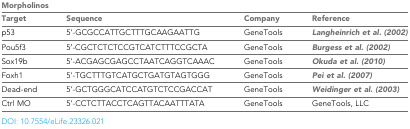
<table><thead><tr><td colspan="4"><b>Morpholinos</b></td></tr><tr><td><b>Target</b></td><td><b>Sequence</b></td><td><b>Company</b></td><td><b>Reference</b></td></tr></thead><tbody><tr><td>p53</td><td>5’-GCGCCATTGCTTTGCAAGAATTG</td><td>GeneTools</td><td>Langheinrich et al. (2002)</td></tr><tr><td>Pou5f3</td><td>5′-CGCTCTCTCCGTCATCTTTCCGCTA</td><td>GeneTools</td><td>Burgess et al. (2002)</td></tr><tr><td>Sox19b</td><td>5&#x27;-ACGAGCGAGCCTAATCAGGTCAAAC</td><td>GeneTools</td><td>Okuda et al. (2010)</td></tr><tr><td>Foxh1</td><td>5&#x27;-TGCTTTGTCATGCTGATGTAGTGGG</td><td>GeneTools</td><td>Pei et al. (2007)</td></tr><tr><td>Dead-end</td><td>5&#x27;-GCTGGGCATCCATGTCTCCGACCAT</td><td>GeneTools</td><td>Weidinger et al. (2003)</td></tr><tr><td>Ctrl MO</td><td>5&#x27;-CCTCTTACCTCAGTTACAATTTATA</td><td>GeneTools</td><td>GeneTools, LLC</td></tr></tbody></table>